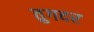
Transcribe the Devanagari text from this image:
तुगदर